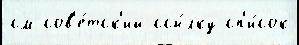
см сов'е́тск'ий ссы́лку сп'и́сок